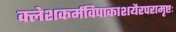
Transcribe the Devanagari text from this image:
क्लेशकर्मविपाकाशयैरपरामृष्टः